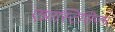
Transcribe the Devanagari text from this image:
एग्नास्टिसिज़्म